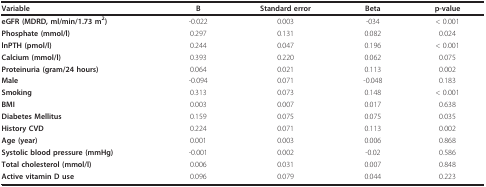
| Variable | B | Standard error | Beta | p-value |
 | --- | --- | --- | --- | --- |
 | eGFR (MDRD, ml/min/1.73 m2) | -0.022 | 0.003 | -034 | < 0.001 |
 | Phosphate (mmol/l) | 0.297 | 0.131 | 0.082 | 0.024 |
 | lnPTH (pmol/l) | 0.244 | 0.047 | 0.196 | < 0.001 |
 | Calcium (mmol/l) | 0.393 | 0.220 | 0.062 | 0.075 |
 | Proteinuria (gram/24 hours) | 0.064 | 0.021 | 0.113 | 0.002 |
 | Male | -0.094 | 0.071 | -0.048 | 0.183 |
 | Smoking | 0.313 | 0.073 | 0.148 | < 0.001 |
 | BMI | 0.003 | 0.007 | 0.017 | 0.638 |
 | Diabetes Mellitus | 0.159 | 0.075 | 0.075 | 0.035 |
 | History CVD | 0.224 | 0.071 | 0.113 | 0.002 |
 | Age (year) | 0.001 | 0.003 | 0.006 | 0.868 |
 | Systolic blood pressure (mmHg) | -0.001 | 0.002 | -0.02 | 0.586 |
 | Total cholesterol (mmol/l) | 0.006 | 0.031 | 0.007 | 0.848 |
 | Active vitamin D use | 0.096 | 0.079 | 0.044 | 0.223 |